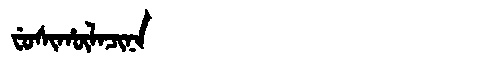
Manchu: ᠸᡠᠰᡳᡥᡡᠯᠠᠴᡳᠨᠠ
Romanization: FUSIHŪLACINA